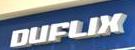
duflix